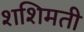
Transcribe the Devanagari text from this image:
शशिमती